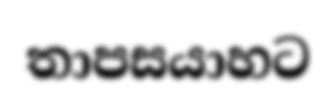
තාපසයාහට